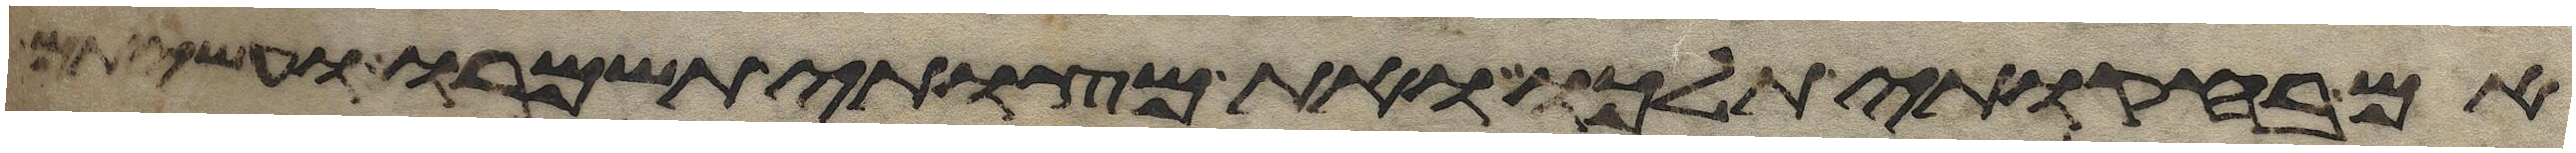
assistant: אם בחקותי תלכו ואת מצותי תשמרו ועשיתם